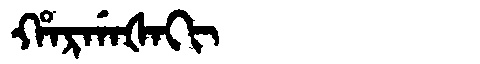
Manchu: ᡥᠠᡵᡤᠠᡧᠠᡴᡳ
Romanization: HARGAŠAKI